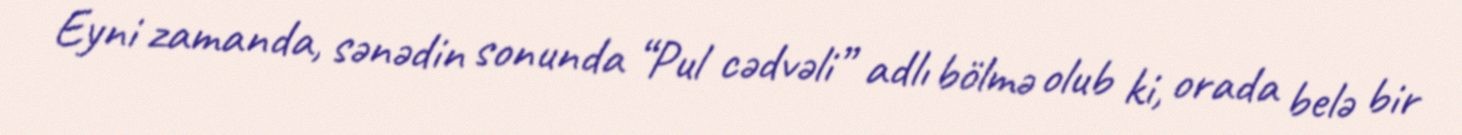
Eyni zamanda, sənədin sonunda “Pul cədvəli” adlı bölmə olub ki, orada belə bir